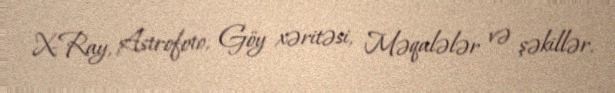
X-Ray, Astrofoto, Göy xəritəsi, Məqalələr və şəkillər.